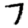
Digit: 7